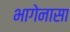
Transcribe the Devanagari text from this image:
भागेनासा